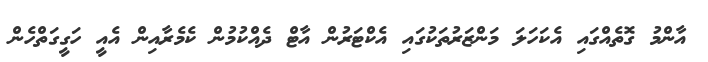
އާންމު ގޮތެއްގައި އެކަހަލަ މަންޒަރުތަކުގައި އެކްޓަރުން އާޓް ދެއްކުމުން ކެމެރާއިން އެއީ ހަގީގަތްހެން